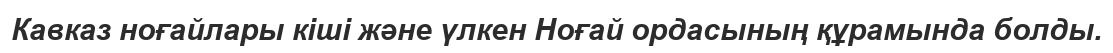
Кавказ ноғайлары кіші және үлкен Ноғай ордасының құрамында болды.